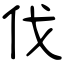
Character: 伐